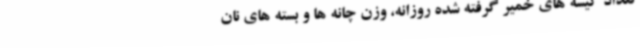
تعداد کیسه های خمیر گرفته شده روزانه، وزن چانه ها و بسته های نان